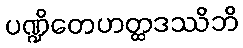
ပဏ္ဍိတေဟတ္ထဒဿိဘိ